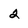
Character: 2